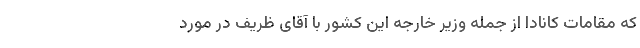
که مقامات کانادا از جمله وزیر خارجه این کشور با آقای ظریف در مورد